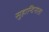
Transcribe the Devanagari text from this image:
सुहान्दिनाता